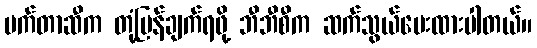
မက်တာဆီက တုံ့ပြန်ချက်ရဖို့ ဘီဘီစီက ဆက်သွယ်မေးထားပါတယ်။